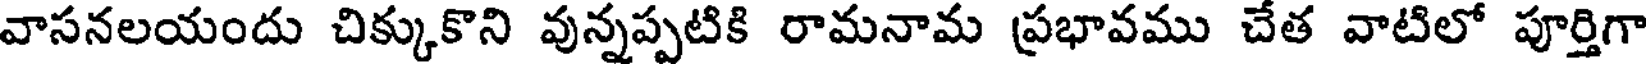
వాసనలయందు చిక్కుకొని వున్నప్పటికి రామనామ ప్రభావము చేత వాటిలో పూర్తిగా